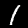
Digit: 1